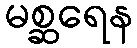
မစ္ဆရေန